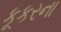
કૂકરના